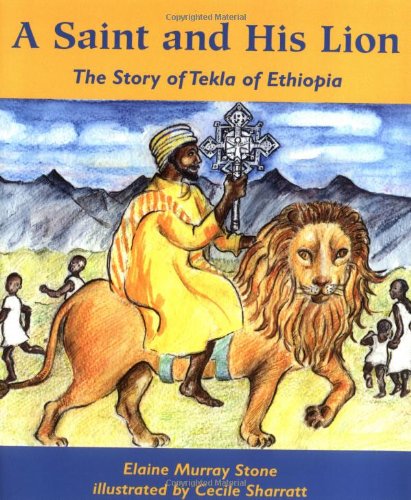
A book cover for A Saint and His Lion: The Story of Tekla of Ethiopia; Elaine Murray Stone; Christian Books & Bibles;